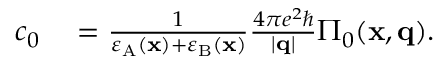
\begin{array} { r l } { c _ { 0 } } & { { } = \frac { 1 } { \varepsilon _ { \mathrm { A } } ( \mathbf { x } ) + \varepsilon _ { \mathrm { B } } ( \mathbf { x } ) } \frac { 4 \pi e ^ { 2 } \hbar } { | \mathbf { q } | } \Pi _ { 0 } ( \mathbf { x } , \mathbf { q } ) . } \end{array}